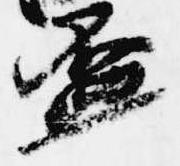
盃